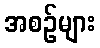
အစဉ်များ